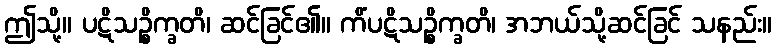
ဤသို့။ ပဋိသဉ္စိက္ခတိ၊ ဆင်ခြင်၏။ ကိံပဋိသဉ္စိက္ခတိ၊ အဘယ်သို့ဆင်ခြင် သနည်း။